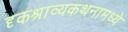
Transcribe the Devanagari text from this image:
दृकश्राव्यकथनामध्ये